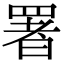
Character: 署